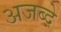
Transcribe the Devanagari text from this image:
अजब्दे